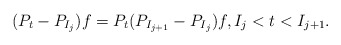
\begin{align*} (P_t - P_{I_{j}} )f = P_t (P_{I_{j+1}} - P_{I_{j}}) f, I_j < t < I_{j+1}.\end{align*}